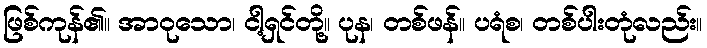
ဖြစ်ကုန်၏။ အာဝုသော၊ ငါ့ရှင်တို့။ ပုန၊ တစ်ဖန်။ ပရံစ၊ တစ်ပါးတုံလည်း။